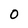
Character: O